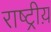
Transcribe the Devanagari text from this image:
राष्ट्रीय़